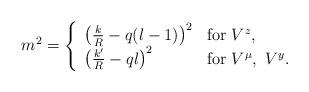
LaTeX: \begin{align*}m^2 = \left\{\begin{array}{ll}\left(\frac kR-q(l-1)\right)^2 & \mbox{for $V^z$,} \\\left(\frac {k'}R-ql\right)^2 & \mbox{for $V^\mu,\ V^y$}. \end{array}\right.\end{align*}